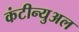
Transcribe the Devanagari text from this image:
कंटीन्युअल